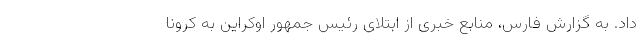
داد. به گزارش فارس، منابع خبری از ابتلای رئیس جمهور اوکراین به کرونا